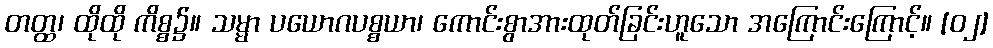
တတ္ထ၊ ထိုထို ကိစ္စ၌။ သမ္မာ ပယောဂပစ္စယာ၊ ကောင်းစွာအားထုတ်ခြင်းဟူသော အကြောင်းကြောင့်။ [၀၂]